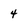
Character: 4